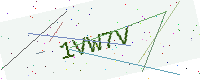
Text: 1VW7V